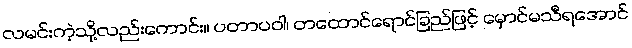
လမင်းကဲ့သို့လည်းကောင်း။ ပတာပဝါ၊ တထောင်ရောင်ခြည်ဖြင့် မှောင်မသီရအောင်